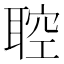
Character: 聜